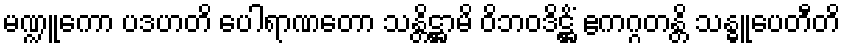
မဏ္ဍူကော ပဒဟတိ ပေါရာဏတော သန္တိဋ္ဌာမိ ဝိဘဝဒိဋ္ဌိံ ဧကဂ္ဂတန္တိ သန္ဓူပေတီတိ